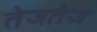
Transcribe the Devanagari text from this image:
तेजतेज